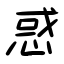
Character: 惑